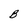
Character: B